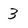
Character: 3